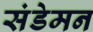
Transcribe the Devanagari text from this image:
संडेमन